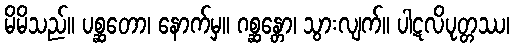
မိမိသည်။ ပစ္ဆတော၊ နောက်မှ။ ဂစ္ဆန္တော၊ သွားလျက်။ ပါဋလိပုတ္တဿ၊